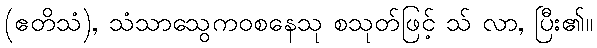
(ဧတိသံ), သံသာသွေကဝစနေသု စသုတ်ဖြင့် သ် လာ, ပြီး၏။